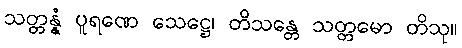
သတ္တန္နံ ပူရဏေ သေဋ္ဌေ၊ တိသန္တေ သတ္တမော တိသု။